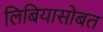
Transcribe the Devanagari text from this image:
लिबियासोबत